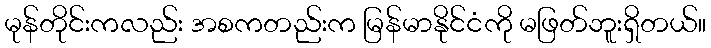
မုန်တိုင်းကလည်း အစကတည်းက မြန်မာနိုင်ငံကို မဖြတ်ဘူးရှိတယ်။